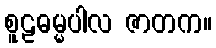
စူဠဓမ္မပါလ ဇာတက။